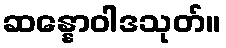
ဆန္နောဝါဒသုတ်။